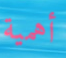
أهمية